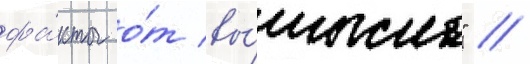
фа́кты о́т вы́мысла" //